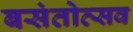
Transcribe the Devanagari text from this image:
बसंतोत्सव